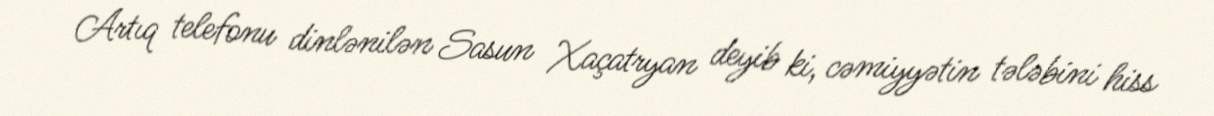
Artıq telefonu dinlənilən Sasun Xaçatryan deyib ki, cəmiyyətin tələbini hiss